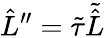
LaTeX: \hat{L}^{\prime\prime}=\tilde{\tau}\tilde{\hat{L}}